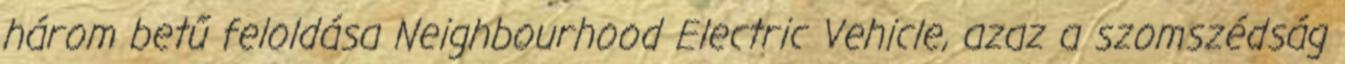
három betű feloldása Neighbourhood Electric Vehicle, azaz a szomszédság